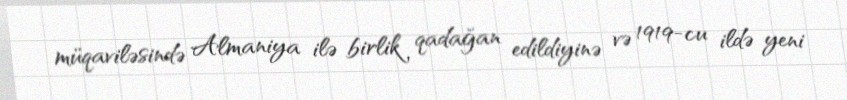
müqaviləsində Almaniya ilə birlik qadağan edildiyinə və 1919-cu ildə yeni